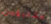
مشتبهين